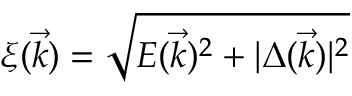
\xi ( \vec { k } ) = \sqrt { E ( \vec { k } ) ^ { 2 } + | \Delta ( \vec { k } ) | ^ { 2 } }